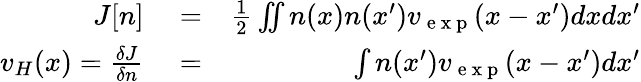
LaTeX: \begin{array}{rlr}{J[n]}&{{}=}&{\frac{1}{2}\iint n(x)n(x^{\prime})v_{\mathrm{~e~x~p~}}(x-x^{\prime})dxdx^{\prime}}\\ {v_{H}(x)=\frac{\delta J}{\delta n}}&{{}=}&{\int n(x^{\prime})v_{\mathrm{~e~x~p~}}(x-x^{\prime})dx^{\prime}}\end{array}